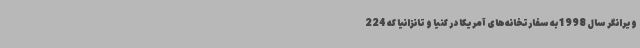
ویرانگر سال 1998 به سفارتخانه‌های آمریکا در کنیا و تانزانیا که 224